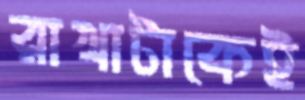
রাখাটাকেই